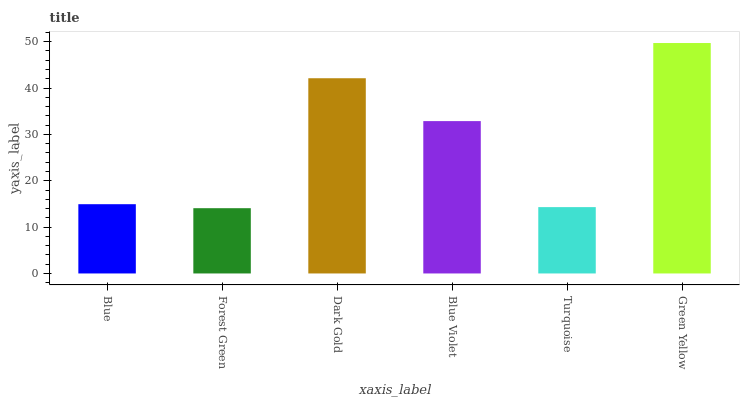
| xaxis_label | bars |
 | --- | --- |
 | Blue | 14.9 |
 | Forest Green | 14.1 |
 | Dark Gold | 42.1 |
 | Blue Violet | 32.9 |
 | Turquoise | 14.3 |
 | Green Yellow | 49.7 |